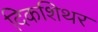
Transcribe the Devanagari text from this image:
दिकशिथर